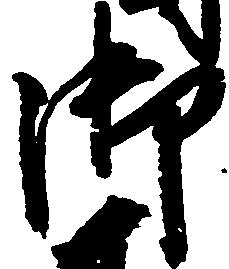
御